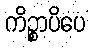
ကိဉ္စာပိပေ